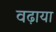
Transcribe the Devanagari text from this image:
वढ़ाया